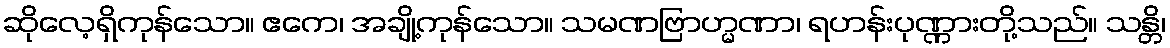
ဆိုလေ့ရှိကုန်သော။ ဧကေ၊ အချို့ကုန်သော။ သမဏဗြာဟ္မဏာ၊ ရဟန်းပုဏ္ဏားတို့သည်။ သန္တိ၊